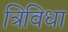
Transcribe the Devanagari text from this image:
त्रिविधा